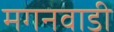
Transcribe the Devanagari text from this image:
मगनवाडी